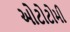
ઓટોટોમી